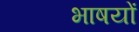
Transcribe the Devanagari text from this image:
भाषयों